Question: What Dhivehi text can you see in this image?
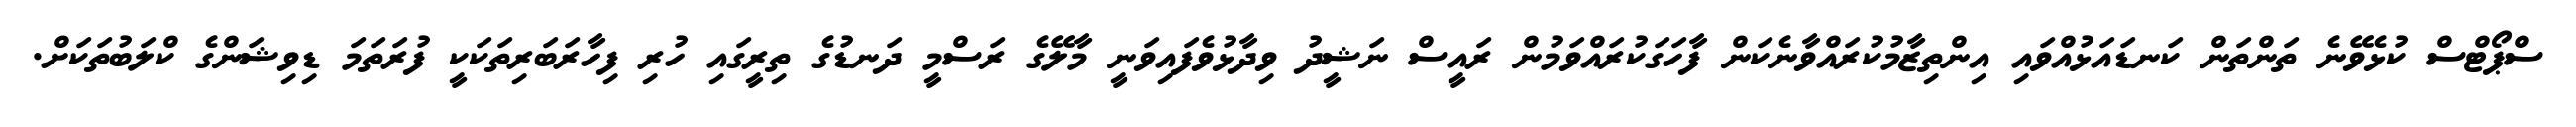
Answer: ސްޕޯޓްސް ކުޅެވޭނެ ތަންތަން ކަނޑައަޅުއްވައި އިންތިޒާމުކުރައްވާނެކަން ފާހަގަކުރައްވަމުން ރައީސް ނަޝީދު ވިދާޅުވެފައިވަނީ މާލޭގެ ރަސްމީ ދަނޑުގެ ތިރީގައި ހުރި ފިހާރަބަރިތަކަކީ ފުރަތަމަ ޑިވިޝަންގެ ކްލަބުތަކަށް.